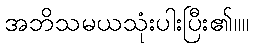
အဘိသမယသုံးပါးပြီး၏။။